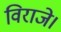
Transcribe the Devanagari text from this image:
विराजे।